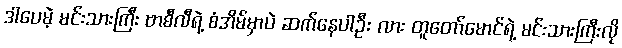
ဒါပေမဲ့ မင်းသားကြီး ဗာစီလီရဲ့ စံအိမ်မှာပဲ ဆက်နေပါဦး လား တူတော်မောင်ရဲ့ မင်းသားကြီးလို